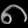
Digit: ၈